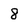
Character: 8